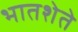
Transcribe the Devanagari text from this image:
भातशेते